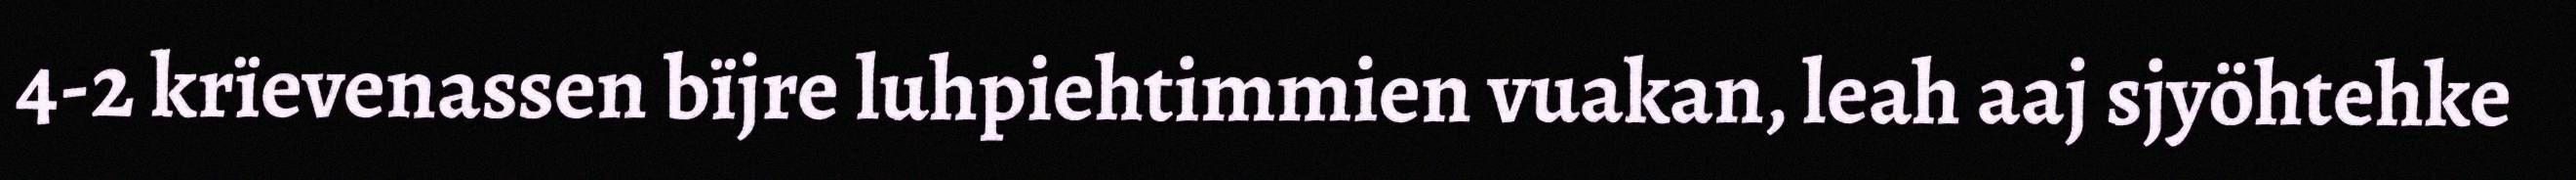
4-2 krïevenassen bïjre luhpiehtimmien vuakan, leah aaj sjyöhtehke